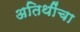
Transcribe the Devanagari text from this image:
अतिथींचा